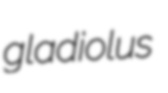
gladiolus